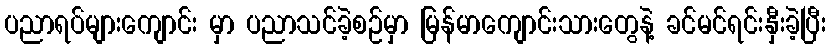
ပညာရပ်များကျောင်း မှာ ပညာသင်ခဲ့စဉ်မှာ မြန်မာကျောင်းသားတွေနဲ့ ခင်မင်ရင်းနှီးခဲ့ပြီး